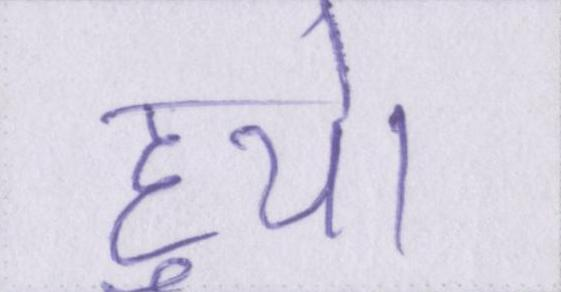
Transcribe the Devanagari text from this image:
हुये।